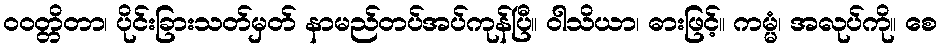
ဝဝတ္တိတာ၊ ပိုင်းခြားသတ်မှတ် နာမည်တပ်အပ်ကုန်ပြီ။ ဝါသိယာ၊ ဓားဖြင့်။ ကမ္မံ၊ အလုပ်ကို။ စေ